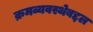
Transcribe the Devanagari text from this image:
क्रमव्यवस्थेबद्दल